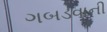
ગબડવાની